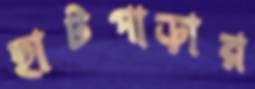
হাটপাড়ার